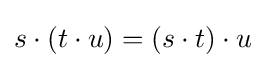
s\cdot (t\cdot u)=(s\cdot t)\cdot u